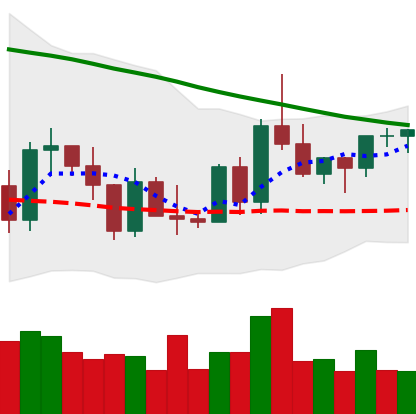
Ticker: XRP-USD
Chart end date: 2022-03-18
Forward return: 4.963%
Label: up_3_5